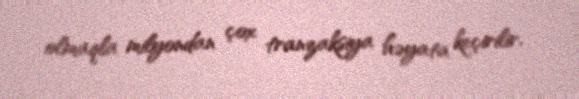
olmaqla milyondan çox tranzaksiya həyata keçirilir.